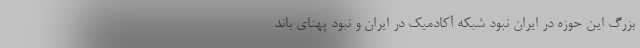
بزرگ این حوزه در ایران نبود شبکه آکادمیک در ایران و نبود پهنای باند